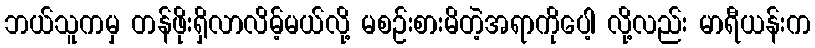
ဘယ်သူကမှ တန်ဖိုးရှိလာလိမ့်မယ်လို့ မစဉ်းစားမိတဲ့အရာကိုပေါ့ လို့လည်း မာရီယန်းက